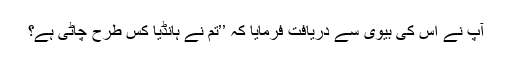
آپ نے اُس کی بیوی سے دریافت فرمایا کہ ’’تم نے ہانڈیا کس طرح چاٹی ہے؟